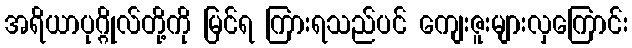
အရိယာပုဂ္ဂိုလ်တို့ကို မြင်ရ ကြားရသည်ပင် ကျေးဇူးများလှကြောင်း